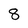
Character: 8